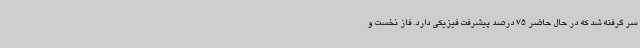
سر گرفته شد که در حال حاضر 75 درصد پیشرفت فیزیکی دارد. فاز نخست و